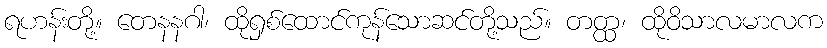
ရဟန်းတို့။ တေနနဂါ၊ ထိုရှစ်ထောင်ကုန်သောဆင်တို့သည်။ တတ္ထ၊ ထိုဝိသာလမာလက